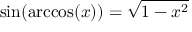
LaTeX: \sin ( \operatorname { a r c c o s } ( x ) ) = { \sqrt { 1 - x ^ { 2 } } }